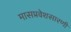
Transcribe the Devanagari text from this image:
मासप्रवेशसारणी